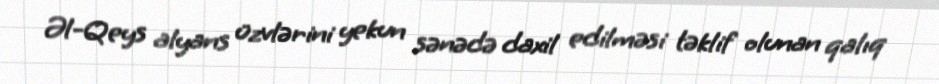
Əl-Qeys alyans üzvlərini yekun sənədə daxil edilməsi təklif olunan qalıq